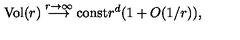
\mathrm { V o l } ( r ) \stackrel { r \rightarrow \infty } { \longrightarrow } \mathrm { c o n s t } r ^ { d } ( 1 + O ( 1 / r ) ) ,